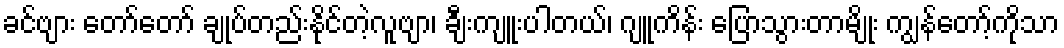
ခင်ဗျား တော်တော် ချုပ်တည်းနိုင်တဲ့လူဗျာ၊ ချီးကျူးပါတယ်၊ ဂျူကိန်း ပြောသွားတာမျိုး ကျွန်တော့်ကိုသာ